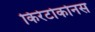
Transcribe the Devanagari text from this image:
किरेटोकोनस